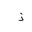
Letter: _thal